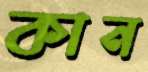
কান